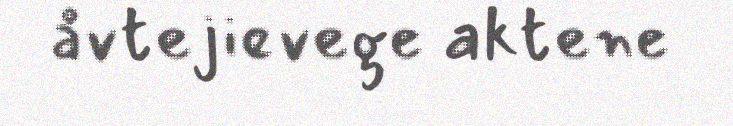
åvtejievege aktene